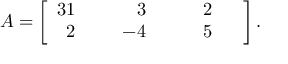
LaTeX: A = \left[ { \begin{array} { r l r l r l } { { 3 } 1 } & { { } } & { 3 } & { { } } & { 2 } & { { } } \\ { 2 } & { { } } & { \; \; - 4 } & { { } } & { \; \; \; \; 5 } & { { } } \end{array} } \, \right] { \mathrm { . } }